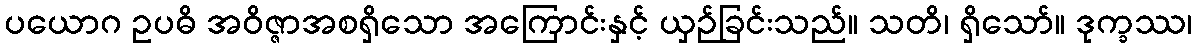
ပယောဂ ဥပဓိ အဝိဇ္ဇာအစရှိသော အကြောင်းနှင့် ယှဉ်ခြင်းသည်။ သတိ၊ ရှိသော်။ ဒုက္ခဿ၊